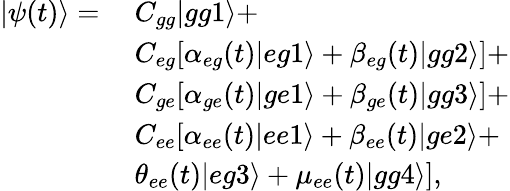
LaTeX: \begin{array}{rl}{|\psi(t)\rangle=}&{~C_{gg}|gg1\rangle+}\\ &{~C_{eg}[\alpha_{eg}(t)|eg1\rangle+\beta_{eg}(t)|gg2\rangle]+}\\ &{~C_{ge}[\alpha_{ge}(t)|ge1\rangle+\beta_{ge}(t)|gg3\rangle]+}\\ &{~C_{ee}[\alpha_{ee}(t)|ee1\rangle+\beta_{ee}(t)|ge2\rangle+}\\ &{~\theta_{ee}(t)|eg3\rangle+\mu_{ee}(t)|gg4\rangle],}\end{array}